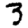
Digit: 3